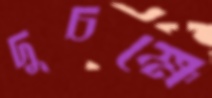
দুচক্ষে